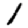
Digit: 1